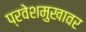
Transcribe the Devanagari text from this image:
प्रवेशमुखावर